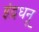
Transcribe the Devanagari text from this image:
इंद्रधनू